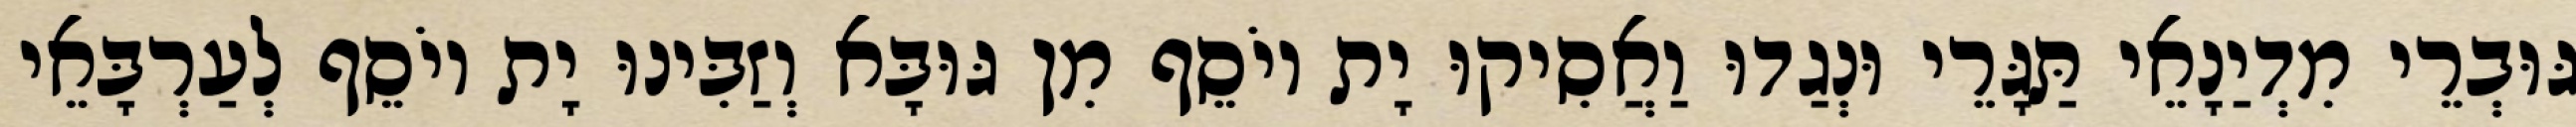
גּוּבְרֵי מִדְיַנָאֵי תַּגָּרֵי וּנְגַדוּ וַאֲסִיקוּ יָת יוֹסֵף מִן גּוּבָּא וְזַבִּינוּ יָת יוֹסֵף לְעַרְבָּאֵי